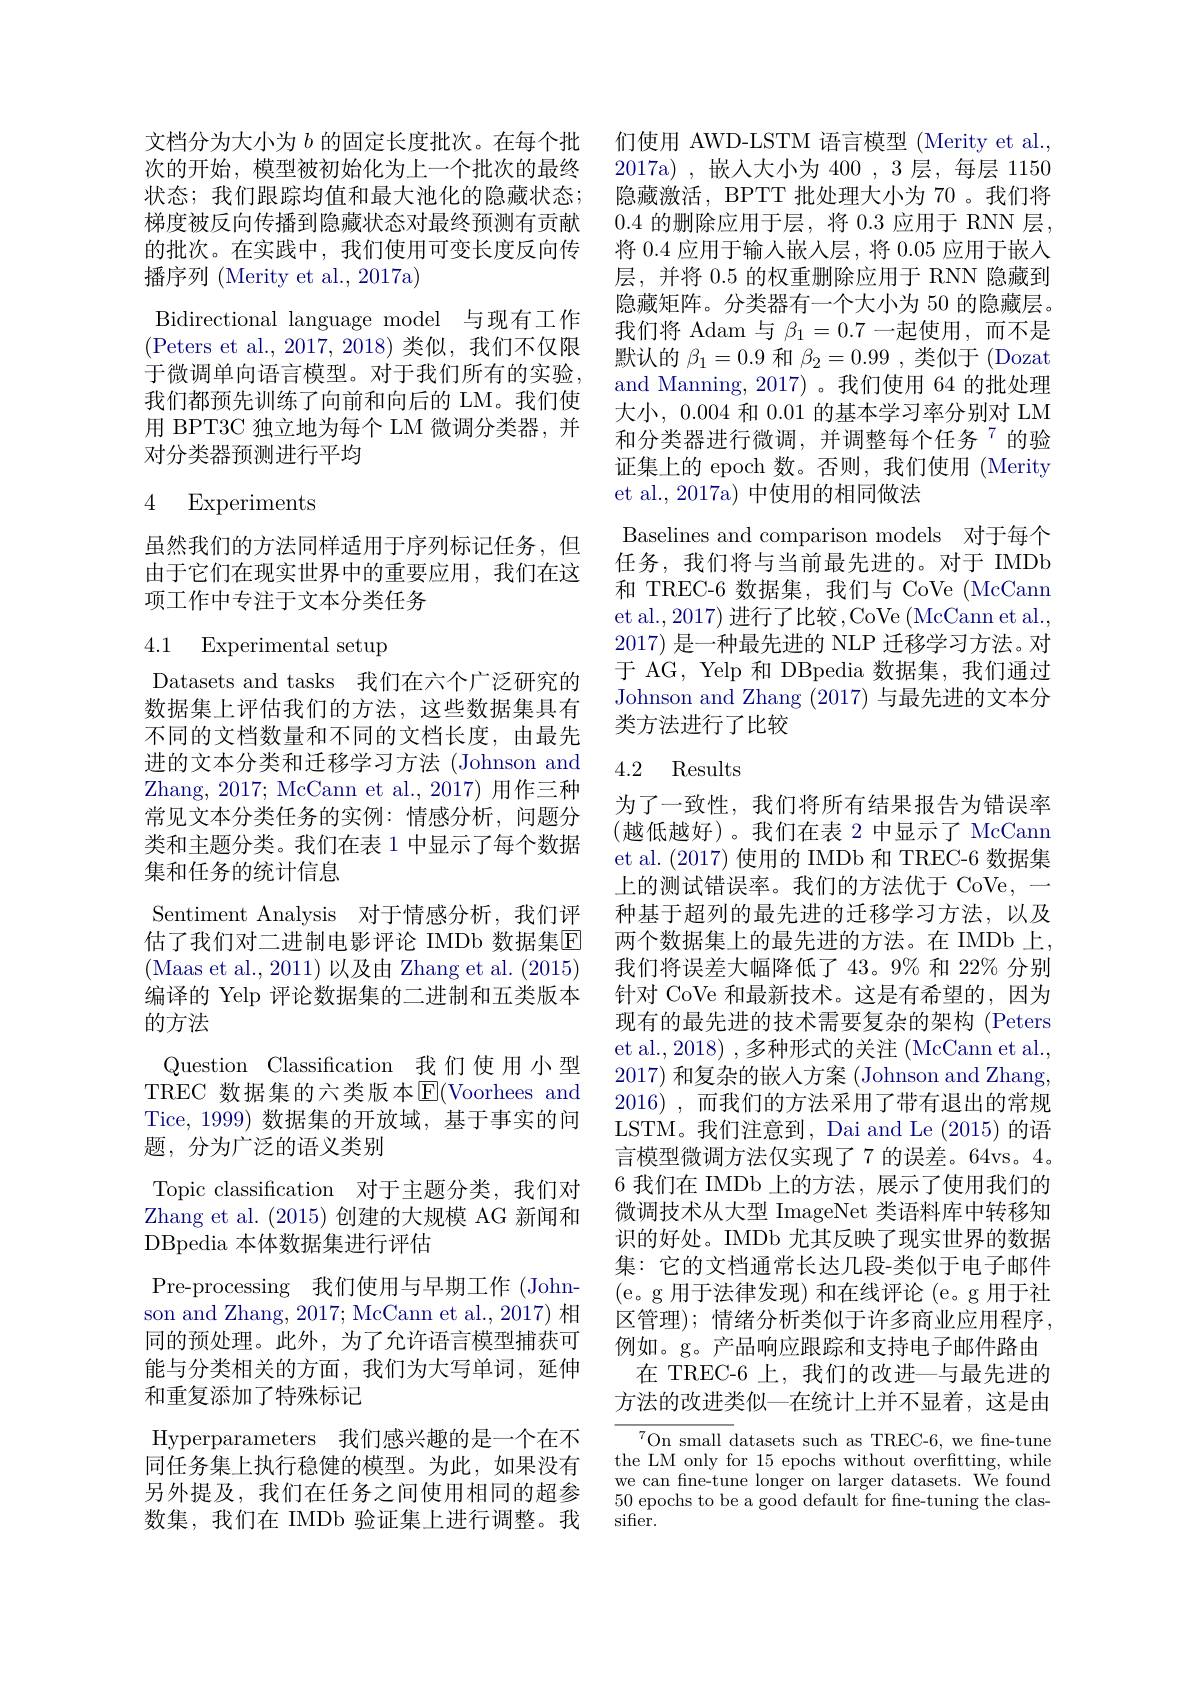
文档分为大小为$b$的固定长度批次。在每个批次的开始，模型被初始化为上一个批次的最终状态；我们跟踪均值和最大池化的隐藏状态； 梯度被反向传播到隐藏状态对最终预测有贡献的批次。在实践中，我们使用可变长度反向传播序列 (Merity et al., 2017a)
Bidirectional language model 与现有工作(Peters et al., 2017, 2018)类似，我们不仅限于微调单向语言模型。对于我们所有的实验， 我们都预先训练了向前和向后的 LM。我们使用 BPT3C 独立地为每个 LM 微调分类器，并对分类器预测进行平均

# 4 Experiments

虽然我们的方法同样适用于序列标记任务，但由于它们在现实世界中的重要应用，我们在这项工作中专注于文本分类任务

# 4.1 Experimental setup

Datasets and tasks 我们在六个广泛研究的数据集上评估我们的方法，这些数据集具有不同的文档数量和不同的文档长度，由最先进的文本分类和迁移学习方法 (Johnson and Zhang, 2017; McCann et al., 2017) 用作三种常见文本分类任务的实例：情感分析，问题分类和主题分类。我们在表 1 中显示了每个数据集和任务的统计信息
Sentiment Analysis 对于情感分析，我们评估了我们对二进制电影评论 IMDb 数据集$\overline{\mathrm{E}}$ (Maas et al., 2011) 以及由 Zhang et al. (2015) 编译的 Yelp 评论数据集的二进制和五类版本的方法
Question Classification 我们使用小型TREC 数据集的六类版本$\operatorname{\overline{E}}($Voorhees and Tice, 1999) 数据集的开放域，基于事实的问题，分为广泛的语义类别
Topic classification 对于主题分类，我们对Zhang et al. (2015)创建的大规模 AG 新闻和DBpedia 本体数据集进行评估
Pre-processing 我们使用与早期工作 (Johnson and Zhang, 2017; McCann et al., 2017) 相同的预处理。此外，为了允许语言模型捕获可能与分类相关的方面，我们为大写单词，延伸和重复添加了特殊标记
Hyperparameters 我们感兴趣的是一个在不同任务集上执行稳健的模型。为此，如果没有另外提及，我们在任务之间使用相同的超参数集，我们在 IMDb 验证集上进行调整。我

们使用 AWD-LSTM 语言模型 (Merity et al., 2017a),嵌入大小为 400,3层，每层 1150隐藏激活，BPTT 批处理大小为 70 。我们将0.4的删除应用于层，将0.3应用于 RNN 层， 将 0.4 应用于输入嵌入层，将 0.05 应用于嵌入层，并将 0.5 的权重删除应用于 RNN 隐藏到隐藏矩阵。分类器有一个大小为 50 的隐藏层。我们将 Adam 与$\beta_1=0.7$一起使用，而不是默认的$\beta_1=0.9$和$\beta_2=0.99$,类似于 (Dozat and Manning, 2017)。我们使用 64 的批处理大小，0.004 和0.01的基本学习率分别对 LM 和分类器进行微调，并调整每个任务$^{7}$的验证集上的 epoch 数。否则，我们使用 (Merity et al., 2017a) 中使用的相同做法
Baselines and comparison models 对于每个任务，我们将与当前最先进的。对于 IMDb 和 TREC-6 数据集，我们与 CoVe (McCann et al., 2017) 进行了比较，CoVe (McCann et al., 2017)是一种最先进的 NLP 迁移学习方法。对于 AG, Yelp 和 DBpedia 数据集，我们通过Johnson and Zhang (2017)与最先进的文本分类方法进行了比较

### 4.2 Results

为了一致性，我们将所有结果报告为错误率(越低越好)。我们在表 2 中显示了 McCann et al. (2017) 使用的 IMDb 和 TREC-6 数据集上的测试错误率。我们的方法优于 CoVe,一种基于超列的最先进的迁移学习方法，以及两个数据集上的最先进的方法。在 IMDb 上， 我们将误差大幅降低了 43。9% 和 22% 分别针对 CoVe 和最新技术。这是有希望的，因为现有的最先进的技术需要复杂的架构 (Peters et al., 2018) , 多种形式的关注 (McCann et al., 2017) 和复杂的嵌入方案 (Johnson and Zhang, 2016) , 而我们的方法采用了带有退出的常规LSTM。我们注意到，Dai and Le (2015) 的语言模型微调方法仅实现了 7 的误差。64vs。4。6 我们在 IMDb 上的方法，展示了使用我们的微调技术从大型 ImageNet 类语料库中转移知识的好处。IMDb 尤其反映了现实世界的数据集：它的文档通常长达几段-类似于电子邮件(e。g 用于法律发现) 和在线评论 (e。g 用于社区管理); 情绪分析类似于许多商业应用程序， 例如。g。产品响应跟踪和支持电子邮件路由在 TREC-6 上，我们的改进一与最先进的方法的改进类似一在统计上并不显着，这是由
${^{7}\text{On small datasets such as TREC-6, we fine-tune}}$

the LM only for 15 epochs without overfitting, while we can fne-tune longer on larger datasets. We found 50 epochs to be a good default for fne-tuning the clas- $\operatorname{sifier}.$